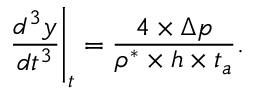
\frac { d ^ { 3 } y } { d t ^ { 3 } } \Bigg \rvert _ { t } = \frac { 4 \times \Delta p } { \rho ^ { * } \times h \times t _ { a } } .